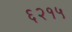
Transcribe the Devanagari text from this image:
६२१५